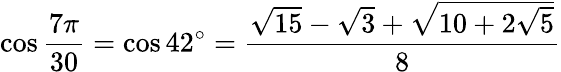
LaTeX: \cos{\frac{7\pi}{30}}=\cos 42^{\circ}={\frac{{\sqrt{15}}-{\sqrt{3}}+{\sqrt{10+2{\sqrt{5}}}}}{8}}